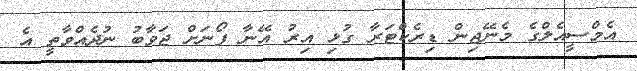
އެމްސީއެލްގެ މެނޭޖިން ޑިރެކްޓަރާ ގުޅި އިރު އޭނާ ފޯނަށް ޖަވާބު ނުދެއްވާތީ އެ